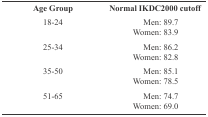
| Age Group | Normal IKDC2000 cutoff |
 | --- | --- |
 | 18-24 | Men: 89.7 Women: 83.9 |
 | 25-34 | Men: 86.2 Women: 82.8 |
 | 35-50 | Men: 85.1 Women: 78.5 |
 | 51-65 | Men: 74.7 Women: 69.0 |